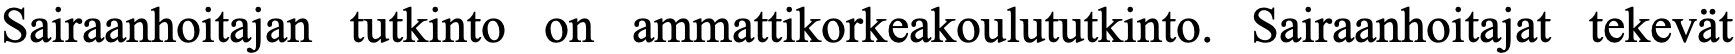
Sairaanhoitajan tutkinto on ammattikorkeakoulututkinto. Sairaanhoitajat tekevät